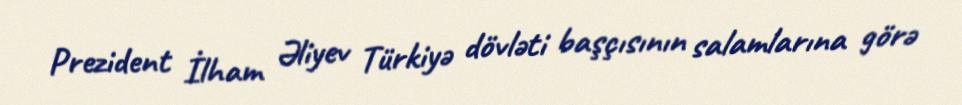
Prezident İlham Əliyev Türkiyə dövləti başçısının salamlarına görə